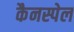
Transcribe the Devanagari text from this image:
कैनस्पेल